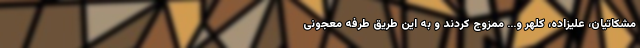
مشکاتیان، علیزاده، کلهر و... ممزوج کردند و به این طریق طرفه معجونی